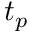
t _ { p }